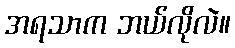
အရသာက ဘယ်လိုလဲ။